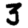
Digit: 3